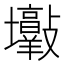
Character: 𡔋